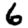
Digit: 6